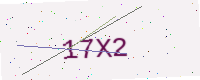
Text: 17X2